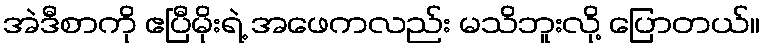
အဲဒီစာကို ဧပြီမိုးရဲ့ အဖေကလည်း မသိဘူးလို့ ပြောတယ်။